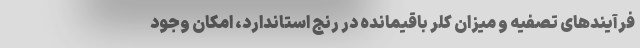
فرآیندهای تصفیه و میزان کلر باقیمانده در رنج استاندارد، امکان وجود